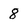
Character: 8